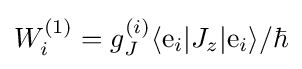
W_{i}^{(1)}=g_{J}^{(i)}\langle \mathrm {e} _{i}|J_{z}|\mathrm {e} _{i}\rangle /\hbar